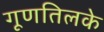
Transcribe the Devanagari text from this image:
गूणतिलके